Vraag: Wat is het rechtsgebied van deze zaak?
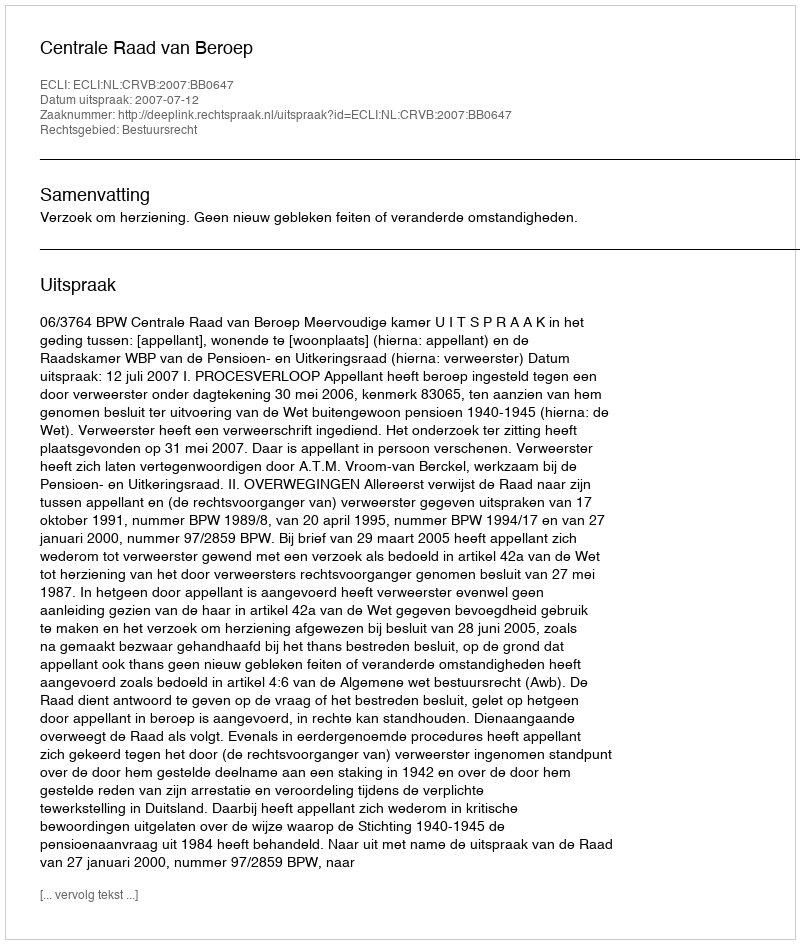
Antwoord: Bestuursrecht